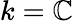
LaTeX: k=\mathbb{C}